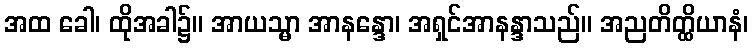
အထ ခေါ၊ ထိုအခါ၌။ အာယသ္မာ အာနန္ဒော၊ အရှင်အာနန္ဒာသည်။ အညတိတ္ထိယာနံ၊